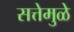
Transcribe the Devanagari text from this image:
सत्तेमुळे